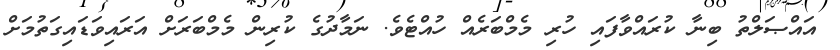
އައްޞަލްތު ބިނާ ކުރައްވާފައި ހުރި މެމްބަރެއް ހުއްޓެވެ. ނަމާދުގެ ކުރިން މެމްބަރަށް އަރައިވަޑައިގަތުމަށް